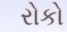
રોકો